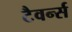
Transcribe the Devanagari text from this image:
टैवर्न्स